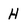
Character: H